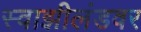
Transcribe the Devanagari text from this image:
स्वाझीलंडवर